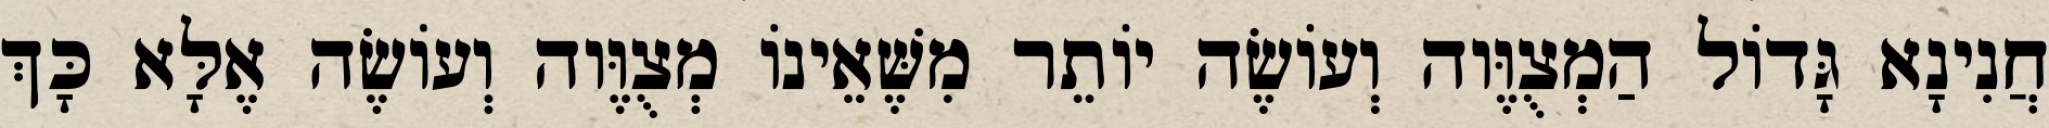
חֲנִינָא גָּדוֹל הַמְצֻוֶּוה וְעוֹשֶׂה יוֹתֵר מִשֶּׁאֵינוֹ מְצֻוֶּוה וְעוֹשֶׂה אֶלָּא כָּךְ